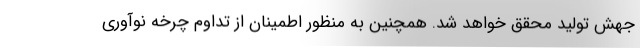
جهش تولید محقق خواهد شد. همچنین به منظور اطمینان از تداوم چرخه نوآوری